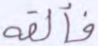
فألقه